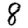
Digit: 8